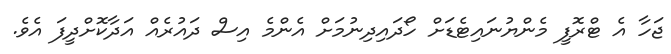
ޖަހާ އެ ޓްރޮފީ މެންޔުނައިޓެޑަށް ހޯދައިދިނުމަށް އެންމެ އިސް ދައުރެއް އަދާކޮށްދީފަ އެވެ.